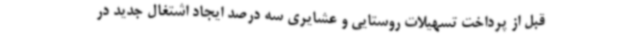
قبل از پرداخت تسهیلات روستایی و عشایری سه درصد ایجاد اشتغال جدید در